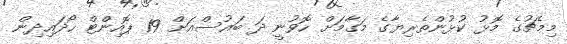
މިމެޗުގެ މޮޅު ކުޅުންތެރިޔާގެ މަގާމަށް ހޮވުނީ ދަ ބައުސްއަށް 19 ޕޮއިންޓް ހޯދައިދިން